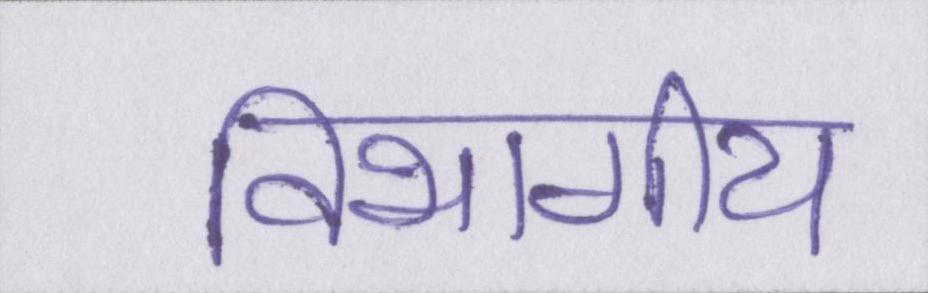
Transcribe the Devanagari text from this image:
विभागीय